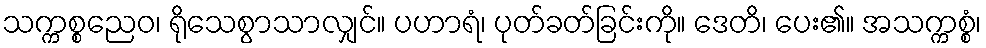
သက္ကစ္စညေဝ၊ ရိုသေစွာသာလျှင်။ ပဟာရံ၊ ပုတ်ခတ်ခြင်းကို။ ဒေတိ၊ ပေး၏။ အသက္ကစ္စံ၊